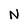
Character: N